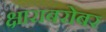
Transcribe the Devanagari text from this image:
क्षाराबरोबर